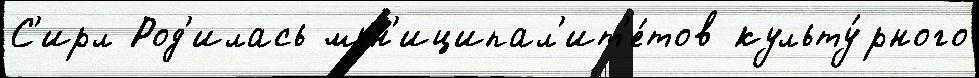
С'ирл Род'илась мун'иципал'ит'е́тов культу́рного